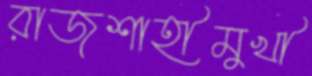
রাজশাহীমুখী